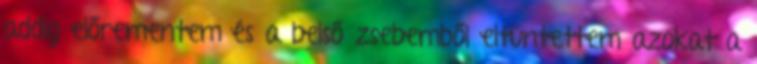
addig előrementem és a belső zsebemből eltüntettem azokat a